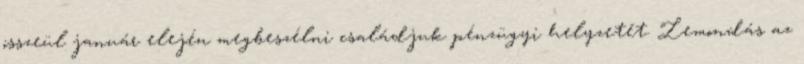
összeül január elején megbeszélni családjuk pénzügyi helyzetét. Lemondás az